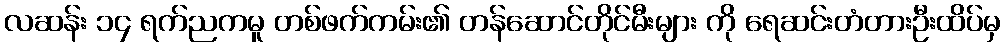
လဆန်း ၁၄ ရက်ညကမူ တစ်ဖက်ကမ်း၏ တန်ဆောင်တိုင်မီးများ ကို ရေဆင်းတံတားဦးထိပ်မှ